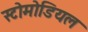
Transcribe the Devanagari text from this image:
स्टोमोडियल